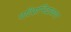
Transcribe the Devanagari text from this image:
पटिसंभिदाकथा